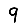
Digit: 9